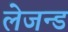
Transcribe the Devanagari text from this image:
लेजन्ड